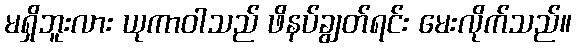
မရှိဘူးလား ယုကာဝါသည် ဖိနပ်ချွတ်ရင်း မေးလိုက်သည်။